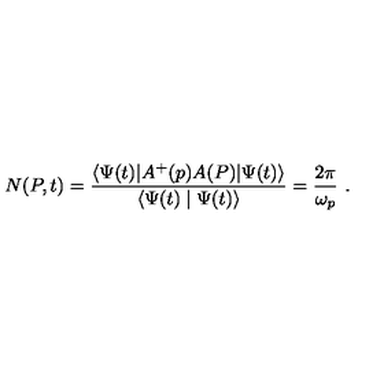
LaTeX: N ( P , t ) = \frac { \langle \Psi ( t ) | A ^ { + } ( p ) A ( P ) | \Psi ( t ) \rangle } { \langle \Psi ( t ) \mid \Psi ( t ) \rangle } = \frac { 2 \pi } { \omega _ { p } } \ .